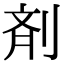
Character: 剤